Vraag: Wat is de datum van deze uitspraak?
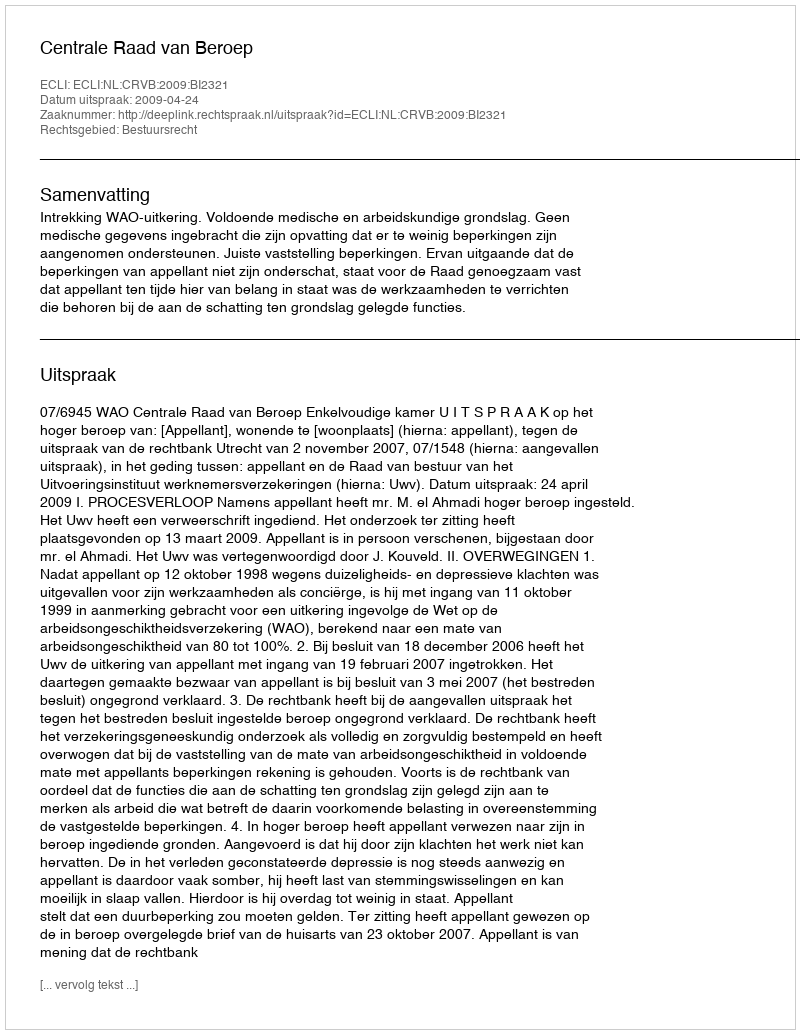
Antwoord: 2009-04-24